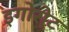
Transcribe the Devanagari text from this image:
इगोरोट